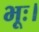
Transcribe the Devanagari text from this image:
भूः।